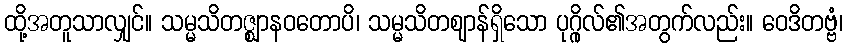
ထို့အတူသာလျှင်။ သမ္မသိတဇ္ဈာနဝတောပိ၊ သမ္မသိတဈာန်ရှိသော ပုဂ္ဂိုလ်၏အတွက်လည်း။ ဝေဒိတဗ္ဗံ၊